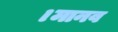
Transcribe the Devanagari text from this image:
।मानव